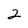
Character: 2